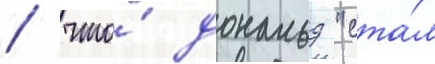
/ что́ дональд "ста́л